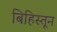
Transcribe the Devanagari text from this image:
बिहिस्तून